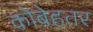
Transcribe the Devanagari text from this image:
कोबेहतर